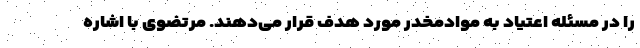
را در مسئله اعتیاد به موادمخدر مورد هدف قرار می‌دهند. مرتضوی با اشاره